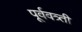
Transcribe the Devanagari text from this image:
पूर्ववत्र्ती